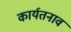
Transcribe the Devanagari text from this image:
कार्यतनाव